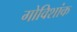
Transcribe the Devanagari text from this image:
गोविशांक